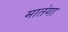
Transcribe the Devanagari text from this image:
मातंगा